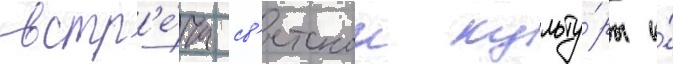
встр'е́ча св'етскои культу́ры и́